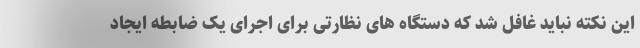
این نکته نباید غافل شد که دستگاه های نظارتی برای اجرای یک ضابطه ایجاد